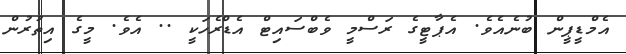
އެމްޑީޕީން ބުނެއެވެ. އެޕާޓީގެ ރަސްމީ ވެބްސައިޓް އެޑްރެހަކީ .. އެވެ. މީގެ އިތުރުން